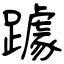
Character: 躆